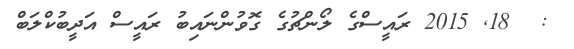
:  18